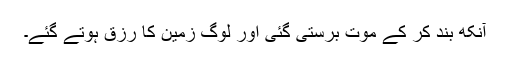
آنکھ بند کر کے موت برستی گئی اور لوگ زمین کا رزق ہوتے گئے۔